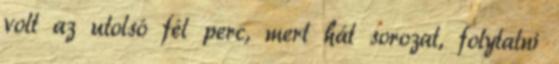
volt az utolsó fél perc, mert hát sorozat, folytatni